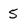
Character: 5